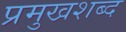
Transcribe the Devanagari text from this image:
प्रमुखशब्द